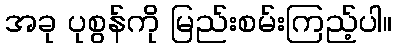
အခု ပုစွန်ကို မြည်းစမ်းကြည့်ပါ။